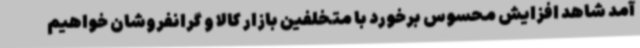
آمد شاهد افزایش محسوس برخورد با متخلفین بازار کالا و گرانفروشان خواهیم